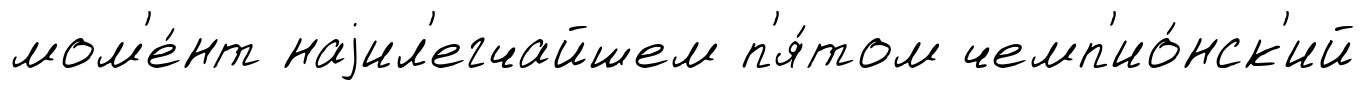
мом'е́нт наjил'егчайшем п'я́том чемп'ио́нск'ий